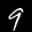
Label: 9